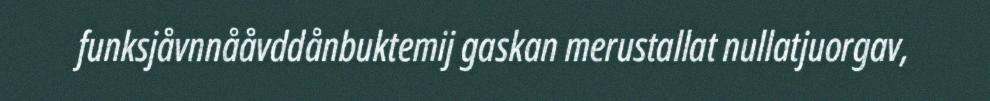
funksjåvnnååvddånbuktemij gaskan merustallat nullatjuorgav,